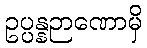
ဥပ္ပန္နဉာဏောမှိ